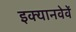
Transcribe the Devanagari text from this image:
इक्यानवेवें